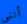
أنني